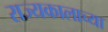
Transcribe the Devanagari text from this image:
राज्यकालाच्या